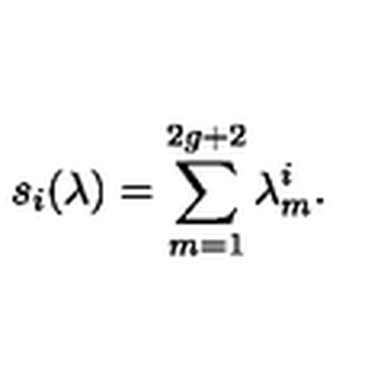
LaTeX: s _ { i } ( \lambda ) = \sum _ { m = 1 } ^ { 2 g + 2 } \lambda _ { m } ^ { i } .